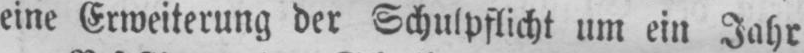
eine Erweiterung der Schulpflicht um ein Jahr